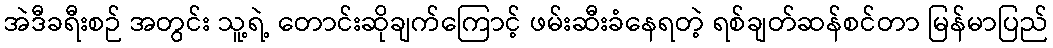
အဲဒီခရီးစဉ် အတွင်း သူ့ရဲ့ တောင်းဆိုချက်ကြောင့် ဖမ်းဆီးခံနေရတဲ့ ရစ်ချတ်ဆန်စင်တာ မြန်မာပြည်